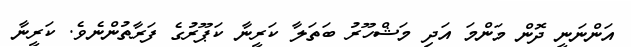
އަންނަނީ ދޮން މަންމަ އަދި މަޝްހޫރު ބަތަލާ ކަރީނާ ކަޕޫރުގެ ފަރާތުންނެވެ. ކަރީނާ